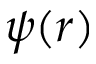
\psi ( r )